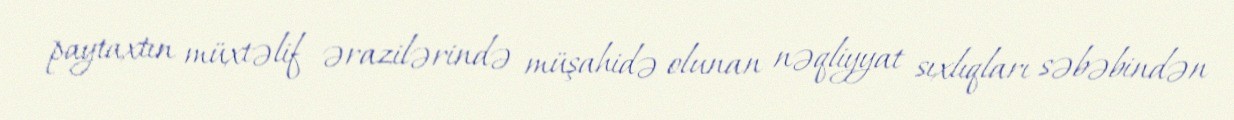
paytaxtın müxtəlif ərazilərində müşahidə olunan nəqliyyat sıxlıqları səbəbindən